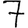
Digit: 7